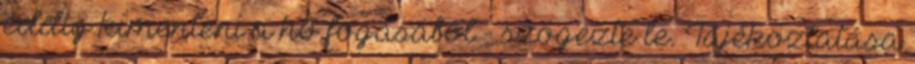
eddig kimenteni a hó fogásából - szögezte le. Tájékoztatása